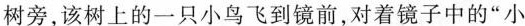
树旁，该树上的一只小鸟飞到镜前，对着镜子中的”小